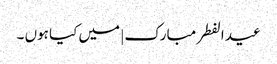
عید الفطر مبارک | میں کیا ہوں ۔